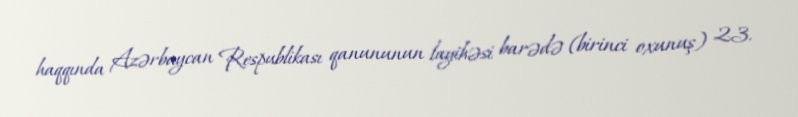
haqqında Azərbaycan Respublikası qanununun layihəsi barədə (birinci oxunuş) 23.